Voisiku_vallavalitsus, lk 532
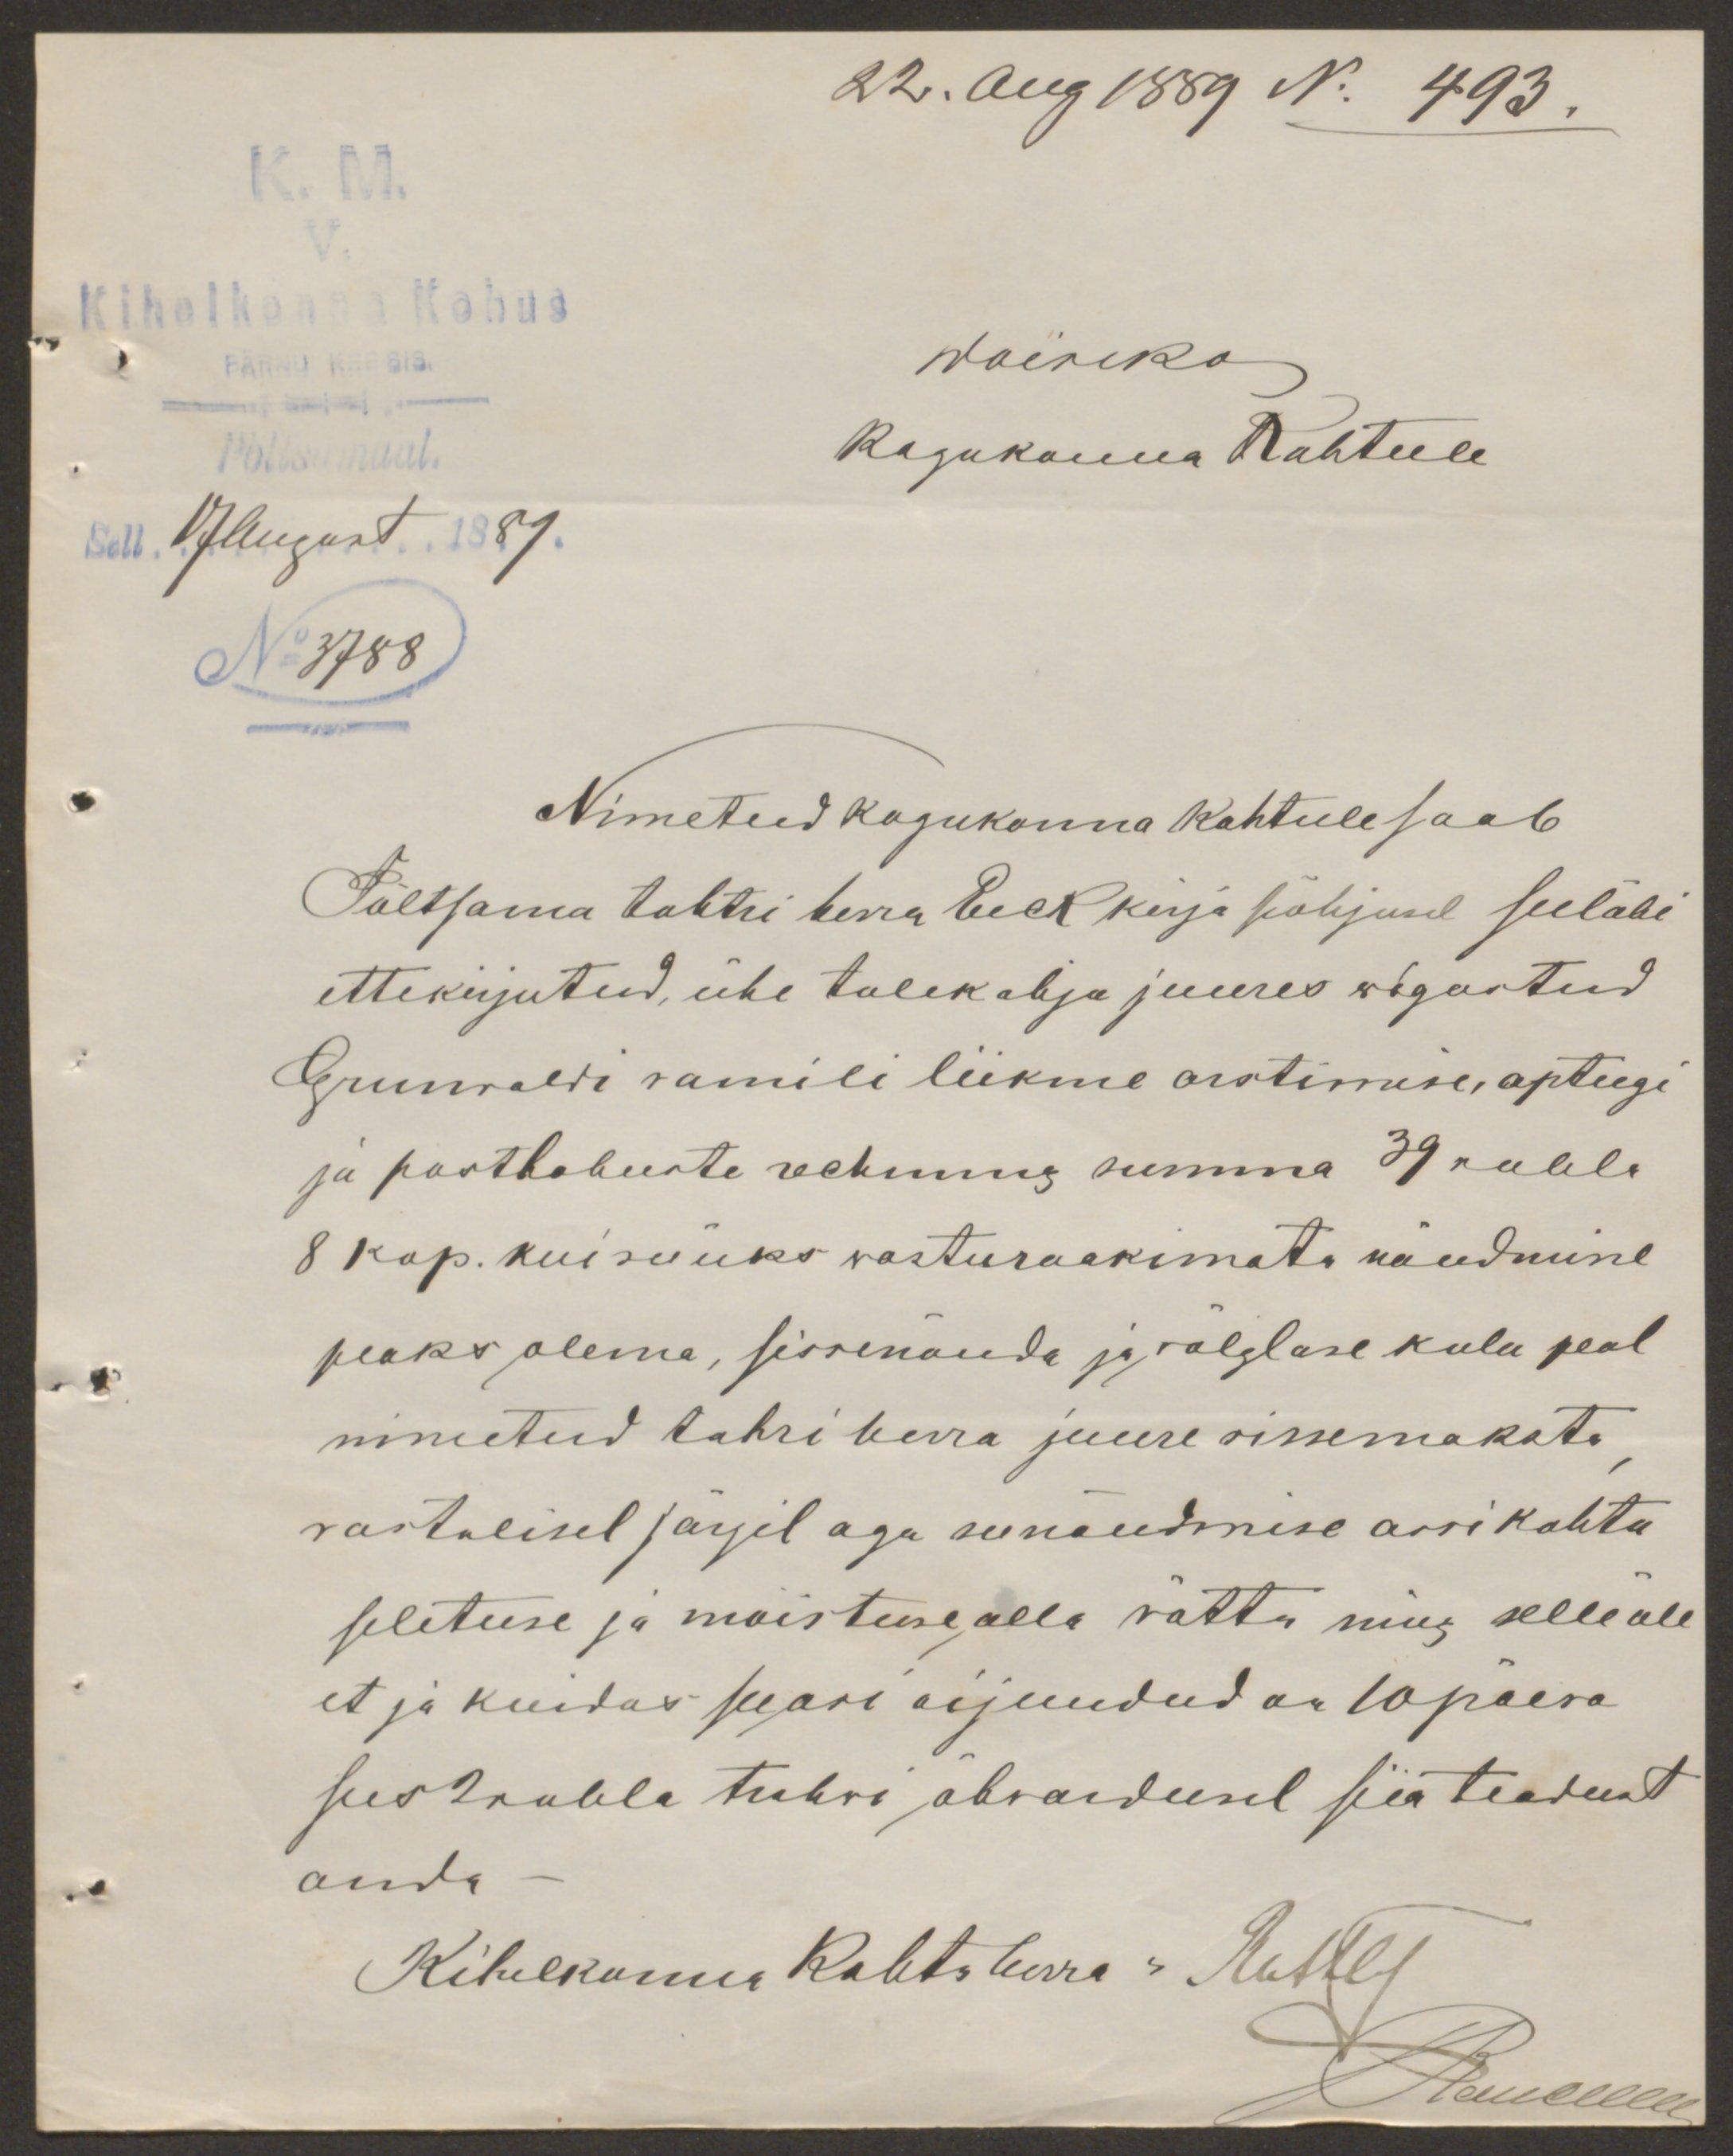
22. Aug 1889 No 493.
K. M.
V.
Kihelkonna Kohus
Woiseko
Pöltsamaal.
Kogukonna Kohtule
Sell 17 August 1889.
No 3788
Nimetud kogukonna kohtule saab
Põltsama tohtri herra Eeck kirja põhjusel seeläbi
ettekirjutud, ühe tulekahju juures wigastud
Grunvaldi vamili liikme arstimise, apteegi
ja posthobuste rechnung summa 39 rubla
8 kop. kui see üks wasturaakimata nõudmine
peaks olema, sissenõuda ja välglase kulu peal
nimetud tohri herra juure sissemaksta
vastalisel järjil aga see nõudmise assi kohtu
seletuse ja moistuse alla wõtta ning selle üle
et ja kuidas see asi aijundud on 10 päewa
ses 2 rubla trahvi ähvardusel siia teadust
anda
Kihelkonna Kohtuherra  Ruthby
Adullile